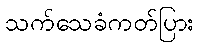
သက်သေခံကတ်ပြား